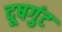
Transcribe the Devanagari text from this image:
दूषगुंट